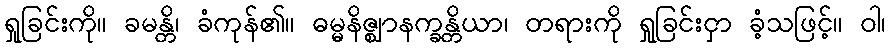
ရှုခြင်းကို။ ခမန္တိ၊ ခံကုန်၏။ ဓမ္မနိဇ္ဈာနက္ခန္တိယာ၊ တရားကို ရှုခြင်းငှာ ခံ့သဖြင့်။ ဝါ၊